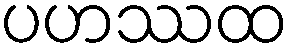
ပဟဿထ